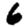
Digit: 6